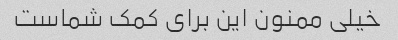
خیلی ممنون این برای کمک شماست